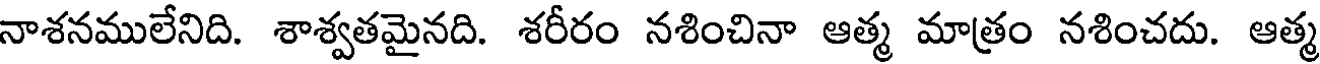
నాశనములేనిది. శాశ్వతమైనది. శరీరం నశించినా ఆత్మ మాత్రం నశించదు. ఆత్మ